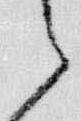
之